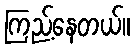
ကြည့်နေတယ်။